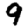
Digit: 9